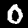
Label: 0